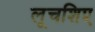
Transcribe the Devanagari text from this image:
लूचशिए